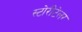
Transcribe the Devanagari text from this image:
स्टोरीटेलर